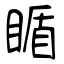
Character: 瞃